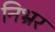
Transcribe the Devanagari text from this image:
निर्भ्रर